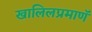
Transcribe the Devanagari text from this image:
खालिलप्रमाणॅ